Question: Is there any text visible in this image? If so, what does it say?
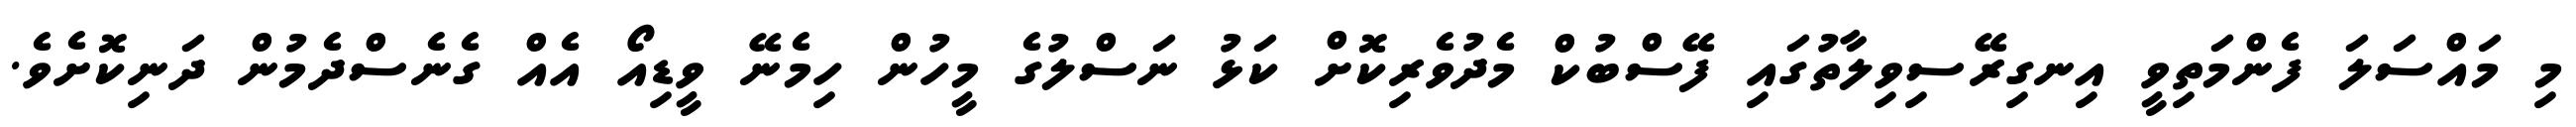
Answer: މި މައްސަލަ ފެންމަތިވީ އިނގިރޭސިވިލާތުގައި ފޭސްބުކް މެދުވެރިކޮށް ކަޅު ނަސްލުގެ މީހުން ހިމެނޭ ވީޑިއޯ އެއް ގެނެސްދެމުން ދަނިކޮށެވެ.